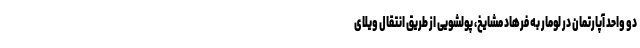
دو واحد آپارتمان در لومار به فرهاد مشایخ، پولشویی از طریق انتقال ویلای